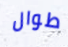
طوال